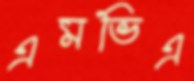
এমভিএ